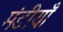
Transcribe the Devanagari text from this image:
मंडीयाँ